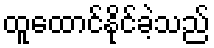
ထူထောင်နိုင်ခဲ့သည်